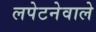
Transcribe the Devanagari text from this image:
लपेटनेवाले